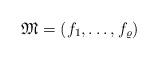
LaTeX: \begin{align*}\mathfrak{M} = (f_{1}, \dots, f_{\varrho})\end{align*}